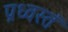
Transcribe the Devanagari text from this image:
प्रध्वस्तं